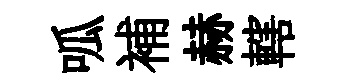
呱補赫轄